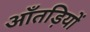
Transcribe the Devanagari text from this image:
आँतड़ियों